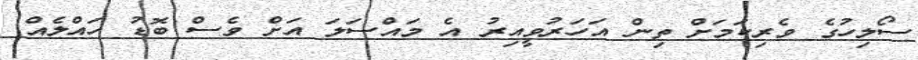
ސޯލިހުގެ ވެރިކަމަށް ތިން އަހަރުވީއިރު އެ މައްސަލަ އަށް ވެސް ބޮޑު ހައްލެއް